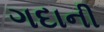
ગદાની